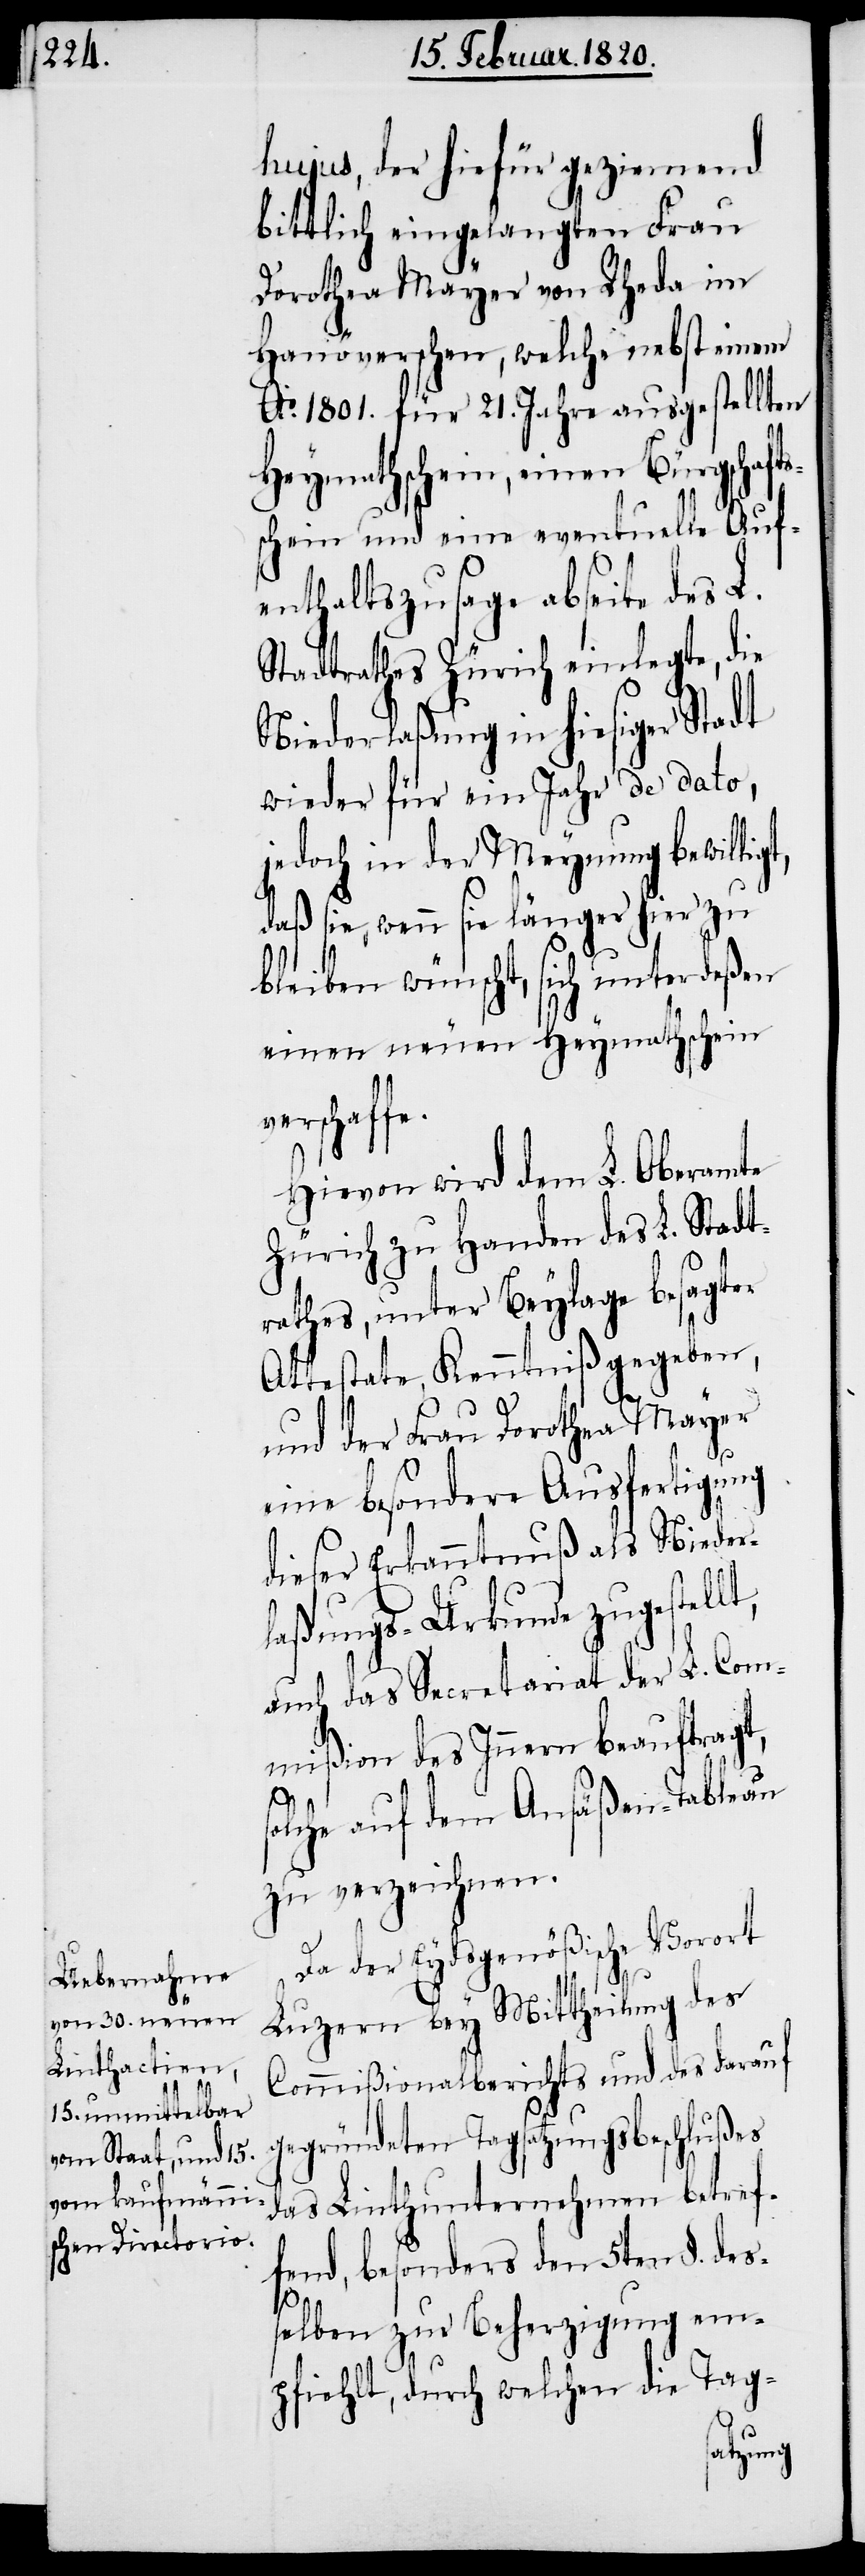
hujus, der hiefür geziemend
bittlich eingelangten Frau
Dorothea Mayer von Rheda im
Hanöverschen, welche nebst einem
Ao.1801. für 21. Jahre ausgestellten
Heymathschein, einen Bürgschaft¬
schein und eine eventuelle Auf¬
enthaltszusage abseite des L.
Stadtrathes Zürich einlegte, die
Niederlaßung in hiesiger Stadt
wieder für ein Jahr de dato,
jedoch in der Meynung bewillig¬
daß sie, wenn sie länger hier zu
bleiben wünscht, sich unterdeßen
einen neuen Heymatschein
verschaffe.
Hievon wird dem L. Oberamte
Zürich zu Handen des L. Stadt¬
rathes, unter Beylage besagter
Attestate, Kenntniß gegeben,
und der Frau Dorothea Mayer
lt,
eine besondere Ausfertigung
dieser Erkanntnuß als Nieder¬
laßungs-Urkunde zugestel¬
auch das Secretariat der L. Com¬
mißion des Innern beauftragt,
solche auf dem Ansäßen-Tableau
zu verzeichnen.
Da der Eydsgenößische Vorort
Luzern bey Mittheilung des
Commißionalberichts und des darauf
gegründeten Tagsatzungsbeschlußes
das Linthunternehmen betref¬
fend, besonders den 5ten §. de¬
ßelben zur Beherzigung em¬
pfiehlt, durch welchen die Tag-